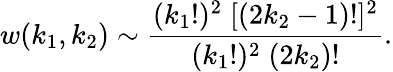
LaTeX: w(k_{1},k_{2})\sim\frac{(k_{1}!)^{2}\; [(2k_{2}-1)!]^{2}}{(k_{1}!)^{2}\; (2k_{2})!}.